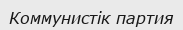
Коммунистік партия